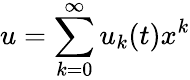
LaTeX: u=\sum_{k=0}^{\infty}u_{k}(t)x^{k}